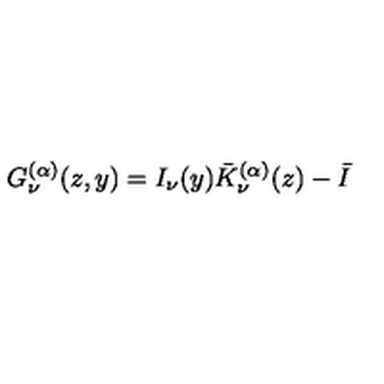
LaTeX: G _ { \nu } ^ { ( \alpha ) } ( z , y ) = I _ { \nu } ( y ) \bar { K } _ { \nu } ^ { ( \alpha ) } ( z ) - \bar { I }